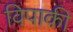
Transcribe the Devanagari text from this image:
विपाकी